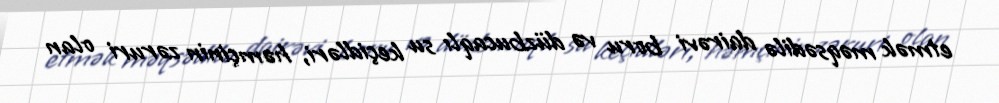
etmək məqsədilə dairəvi boru və düzbucaqlı su keçidləri, həmçinin zəruri olan